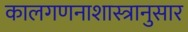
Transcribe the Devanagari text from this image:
कालगणनाशास्त्रानुसार